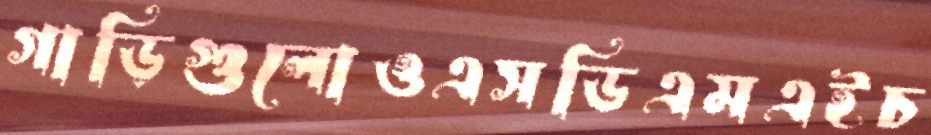
গাড়িগুলোওএসডিএমএইচ